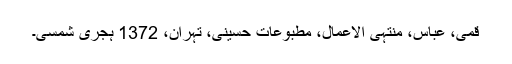
قمی، عباس، منتہی الاعمال، مطبوعات حسینی، تہران، 1372 ہجری شمسی۔